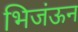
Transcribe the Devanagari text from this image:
भिजंऊन